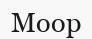
Моор